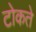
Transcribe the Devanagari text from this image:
टोकते